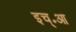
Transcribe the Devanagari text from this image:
इच्॰आ